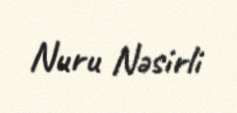
Nuru Nəsirli